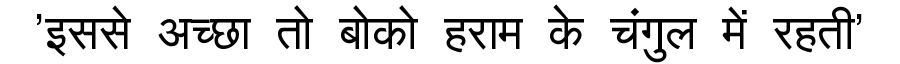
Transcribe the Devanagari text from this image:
'इससे अच्छा तो बोको हराम के चंगुल में रहती'